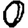
Digit: 0